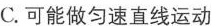
C.可能做匀速直线运动